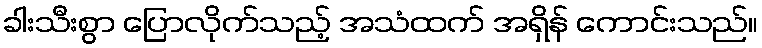
ခါးသီးစွာ ပြောလိုက်သည့် အသံထက် အရှိန် ကောင်းသည်။